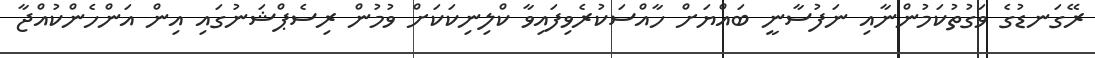
ރޭގަނޑުގެ ވަގުތުކަމުންނާއި ނަފުސާނީ ބައްޔަށް ހާއްސަކުރެވިފައިވާ ކްލިނިކަކަށް ވުމުން ރިސެޕްޝަނުގައި އިން އަންހެންކުއްޖާ